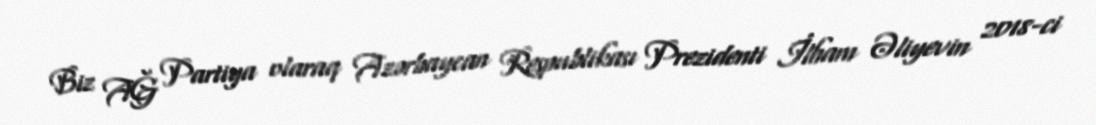
Biz AĞ Partiya olaraq Azərbaycan Respublikası Prezidenti İlham Əliyevin 2018-ci